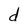
Character: d